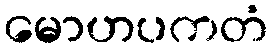
မောဟပကတံ